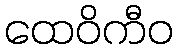
ထေဝိကီဝ